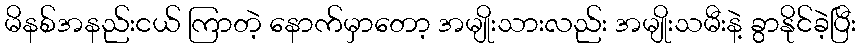
မိနစ်အနည်းငယ် ကြာတဲ့ နောက်မှာတော့ အမျိုးသားလည်း အမျိုးသမီးနဲ့ ခွာနိုင်ခဲ့ပြီး